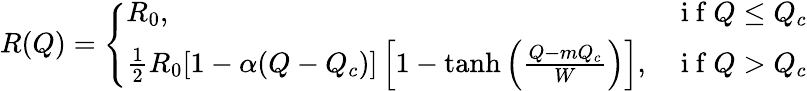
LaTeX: \begin{array}{r}{R(Q)=\left\{ \begin{array}{ll}{R_{0},}&{\mathrm{~i~f~}Q\leq Q_{c}}\\ {\frac{1}{2}R_{0}[1-\alpha(Q-Q_{c})]\left[1-\operatorname{tanh}\left(\frac{Q-mQ_{c}}{W}\right)\right],}&{\mathrm{~i~f~}Q>Q_{c}}\end{array}\right.}\end{array}